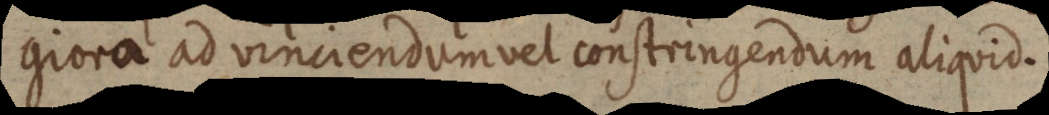
giora ad vinciendum vel constringendum aliquid.